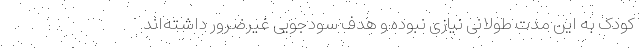
کودک به این مدت طولانی نیازی نبوده و هدف سودجویی غیرضرور داشته‌اند